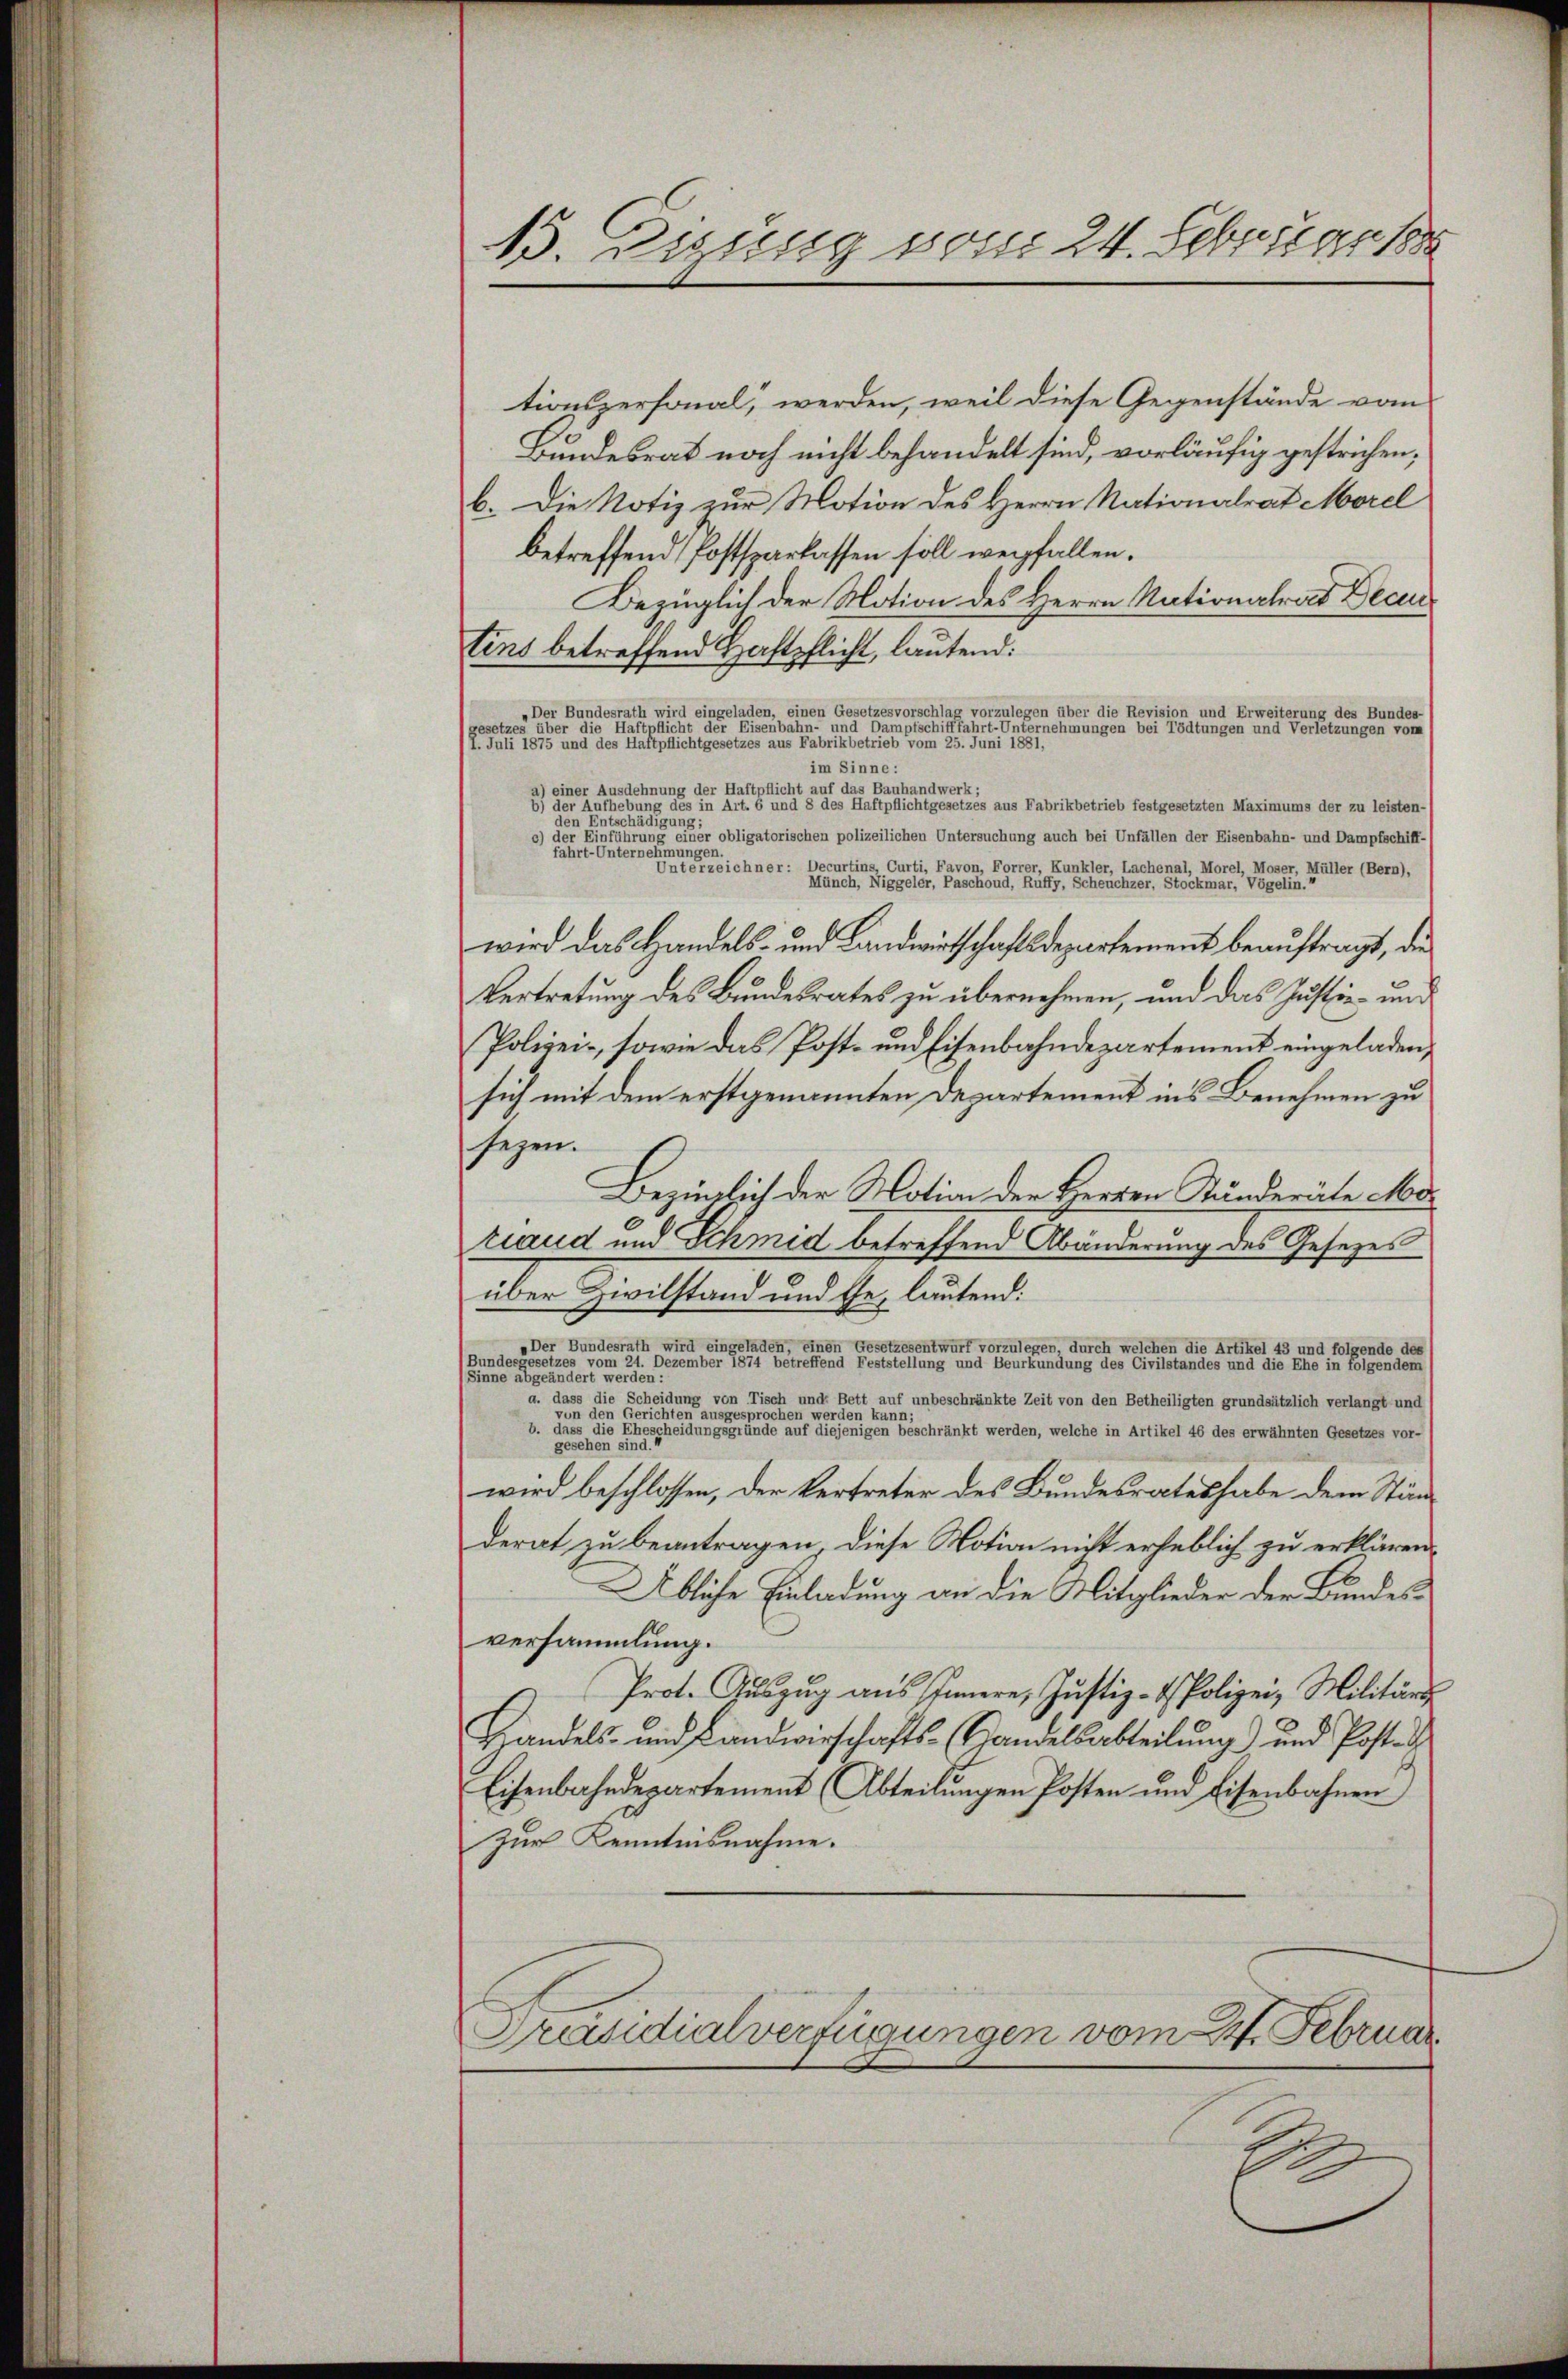
B. Eizung vom 24. Februars

tionspersonal, werden, weil diese Gegenstände vom
Bundesrat noch nicht behandelt sind, vorläufig gestrichen;
b. Die Notiz zur Motion des Herrn Nationalrat Morel
betreffend Postsparlassen soll weifallen.
Bezüglich der Motion des Herrn Nationalrat Dece
tens betreffend Haftpflicht, lautend:
Der Bundesrath wird eingeladen, einen Gesetzesvorschlag vorzulegen über die Revision und Erweiterung des Bundes-
gesetzes über die Haftpflicht der Eisenbahn- und Dampfschifffahrt-Unternehmungen bei Tödtungen und Verletzungen vom
7. Juli 1875 und des Haftpflichtgesetzes aus Fabrikbetrieb vom 25. Juni 1881,
im Sinne:
a) einer Ausdehnung der Haftpflicht auf das Bauhandwerk;
b) der Aufhebung des in Art. 6 und 8 des Haftpflichtgesetzes aus Fabrikbetrieb festgesetzten Maximums der zu leisten-
den Entschädigung:
c) der Einführung einer obligatorischen polizeilichen Untersuchung auch bei Unfällen der Eisenbahn- und Dampfschiff-
fahrt-Unternehmungen.
Unterzeichner: Decurtins, Curti, Favon, Forrer, Kunkler, Lachenal, Morel, Moser, Müller (Bern),
Münch, Niggeler, Paschoud, Ruffy, Scheuchzer, Stockmar, Vögelin.
wird das Handels- und Landwirtschaftsdepartement beauftragt, die
Vertretung des Bundesrates zu übernehmen, und das Justiz- und
Polizei-, sowie das Post- und Eisenbahndepartement eingeladen,
sich mit dem erstgenannten Departement in’s Benehmen zu
sezen.
Bezinglich der Notion der Herren Kunderäte Motraud und Schmid betreffend Abänderung des Gesetzes
über Zivilstand und Ge- lautend:
»Der Bundesrath wird eingeladen, einen Gesetzesentwurf vorzulegen, durch welchen die Artikel 43 und folgende der
Bundesgesetzes vom 21. Dezember 1874 betreffend Feststellung und Beurkundung des Civilstandes und die Ehe in folgendem
Sinne abgeändert werden:
a. dass die Scheidung von Tisch und Bett auf unbeschränkte Zeit von den Betheiligten grundsätzlich verlangt und
von den Gerichten ausgesprochen werden kann
b. dass die Ehe
leidungsgründe auf diejenigen beschränkt werden, welche in Artikel 46 des erwähnten Gesetzes vor-
gesehen sind
wird beschlossen, der Vertreter des Bundesrates habe dem Ständerat zu beantragen, diese Notion nicht erheblich zu erklären
Übliche Einladung an die Mitglieder der Bundesversammlung.
Prot. Auszug aus Innern, Justiz- & Polizei, Militärs
Handels- und Landwirschafts-Handelsabteilung) und Poste
Eisenbahndepartement (Abteilungen Posten und Eisenbahnen
Zur Kenntnisnahme.
Präsidialverfügungen vom 27. Februar
E